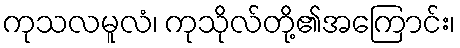
ကုသလမူလံ၊ ကုသိုလ်တို့၏အကြောင်း၊